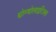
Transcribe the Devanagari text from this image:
थ्रोम्बोलाइटिक्स